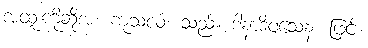
အထူးကိုဆိုအံ့။ ကုသလံ၊ သည်။ ဒါနာဒိဝသေန၊ ဖြင့်။